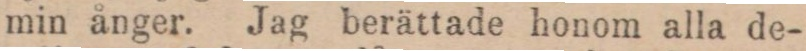
min ånger. Jag berättade honom alla de-